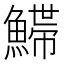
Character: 𩺌